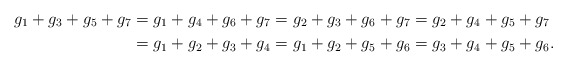
\begin{align*} g_1+g_3+g_5+g_7 &=g_1+g_4+g_6+g_7 =g_2+g_3+g_6+g_7 =g_2+g_4+g_5+g_7\\ &=g_1+g_2+g_3+g_4 =g_1+g_2+g_5+g_6 =g_3+g_4+g_5+g_6. \end{align*}